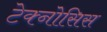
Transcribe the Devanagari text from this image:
टेक्नोसिस